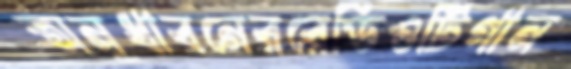
অনুধাবনেররেডিওটিগান